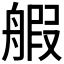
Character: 𫇝